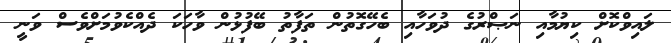
ލައިވްކޮށް ކިޔުމާއި ނަޞްރުގެ ދުވަހާއި ބެހޭގޮތުން ތަފާތު ބޭފުޅުން ވާހަކަ ދެއްކެވުމަށްވެސް ވަނީ